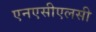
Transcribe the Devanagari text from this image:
एनएसीएलसी